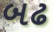
બઢ